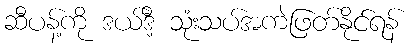
ဆီပန့်ကို ဒယ်ဒီ့ သုံးသပ်အကဲဖြတ်နိုင်ရန်